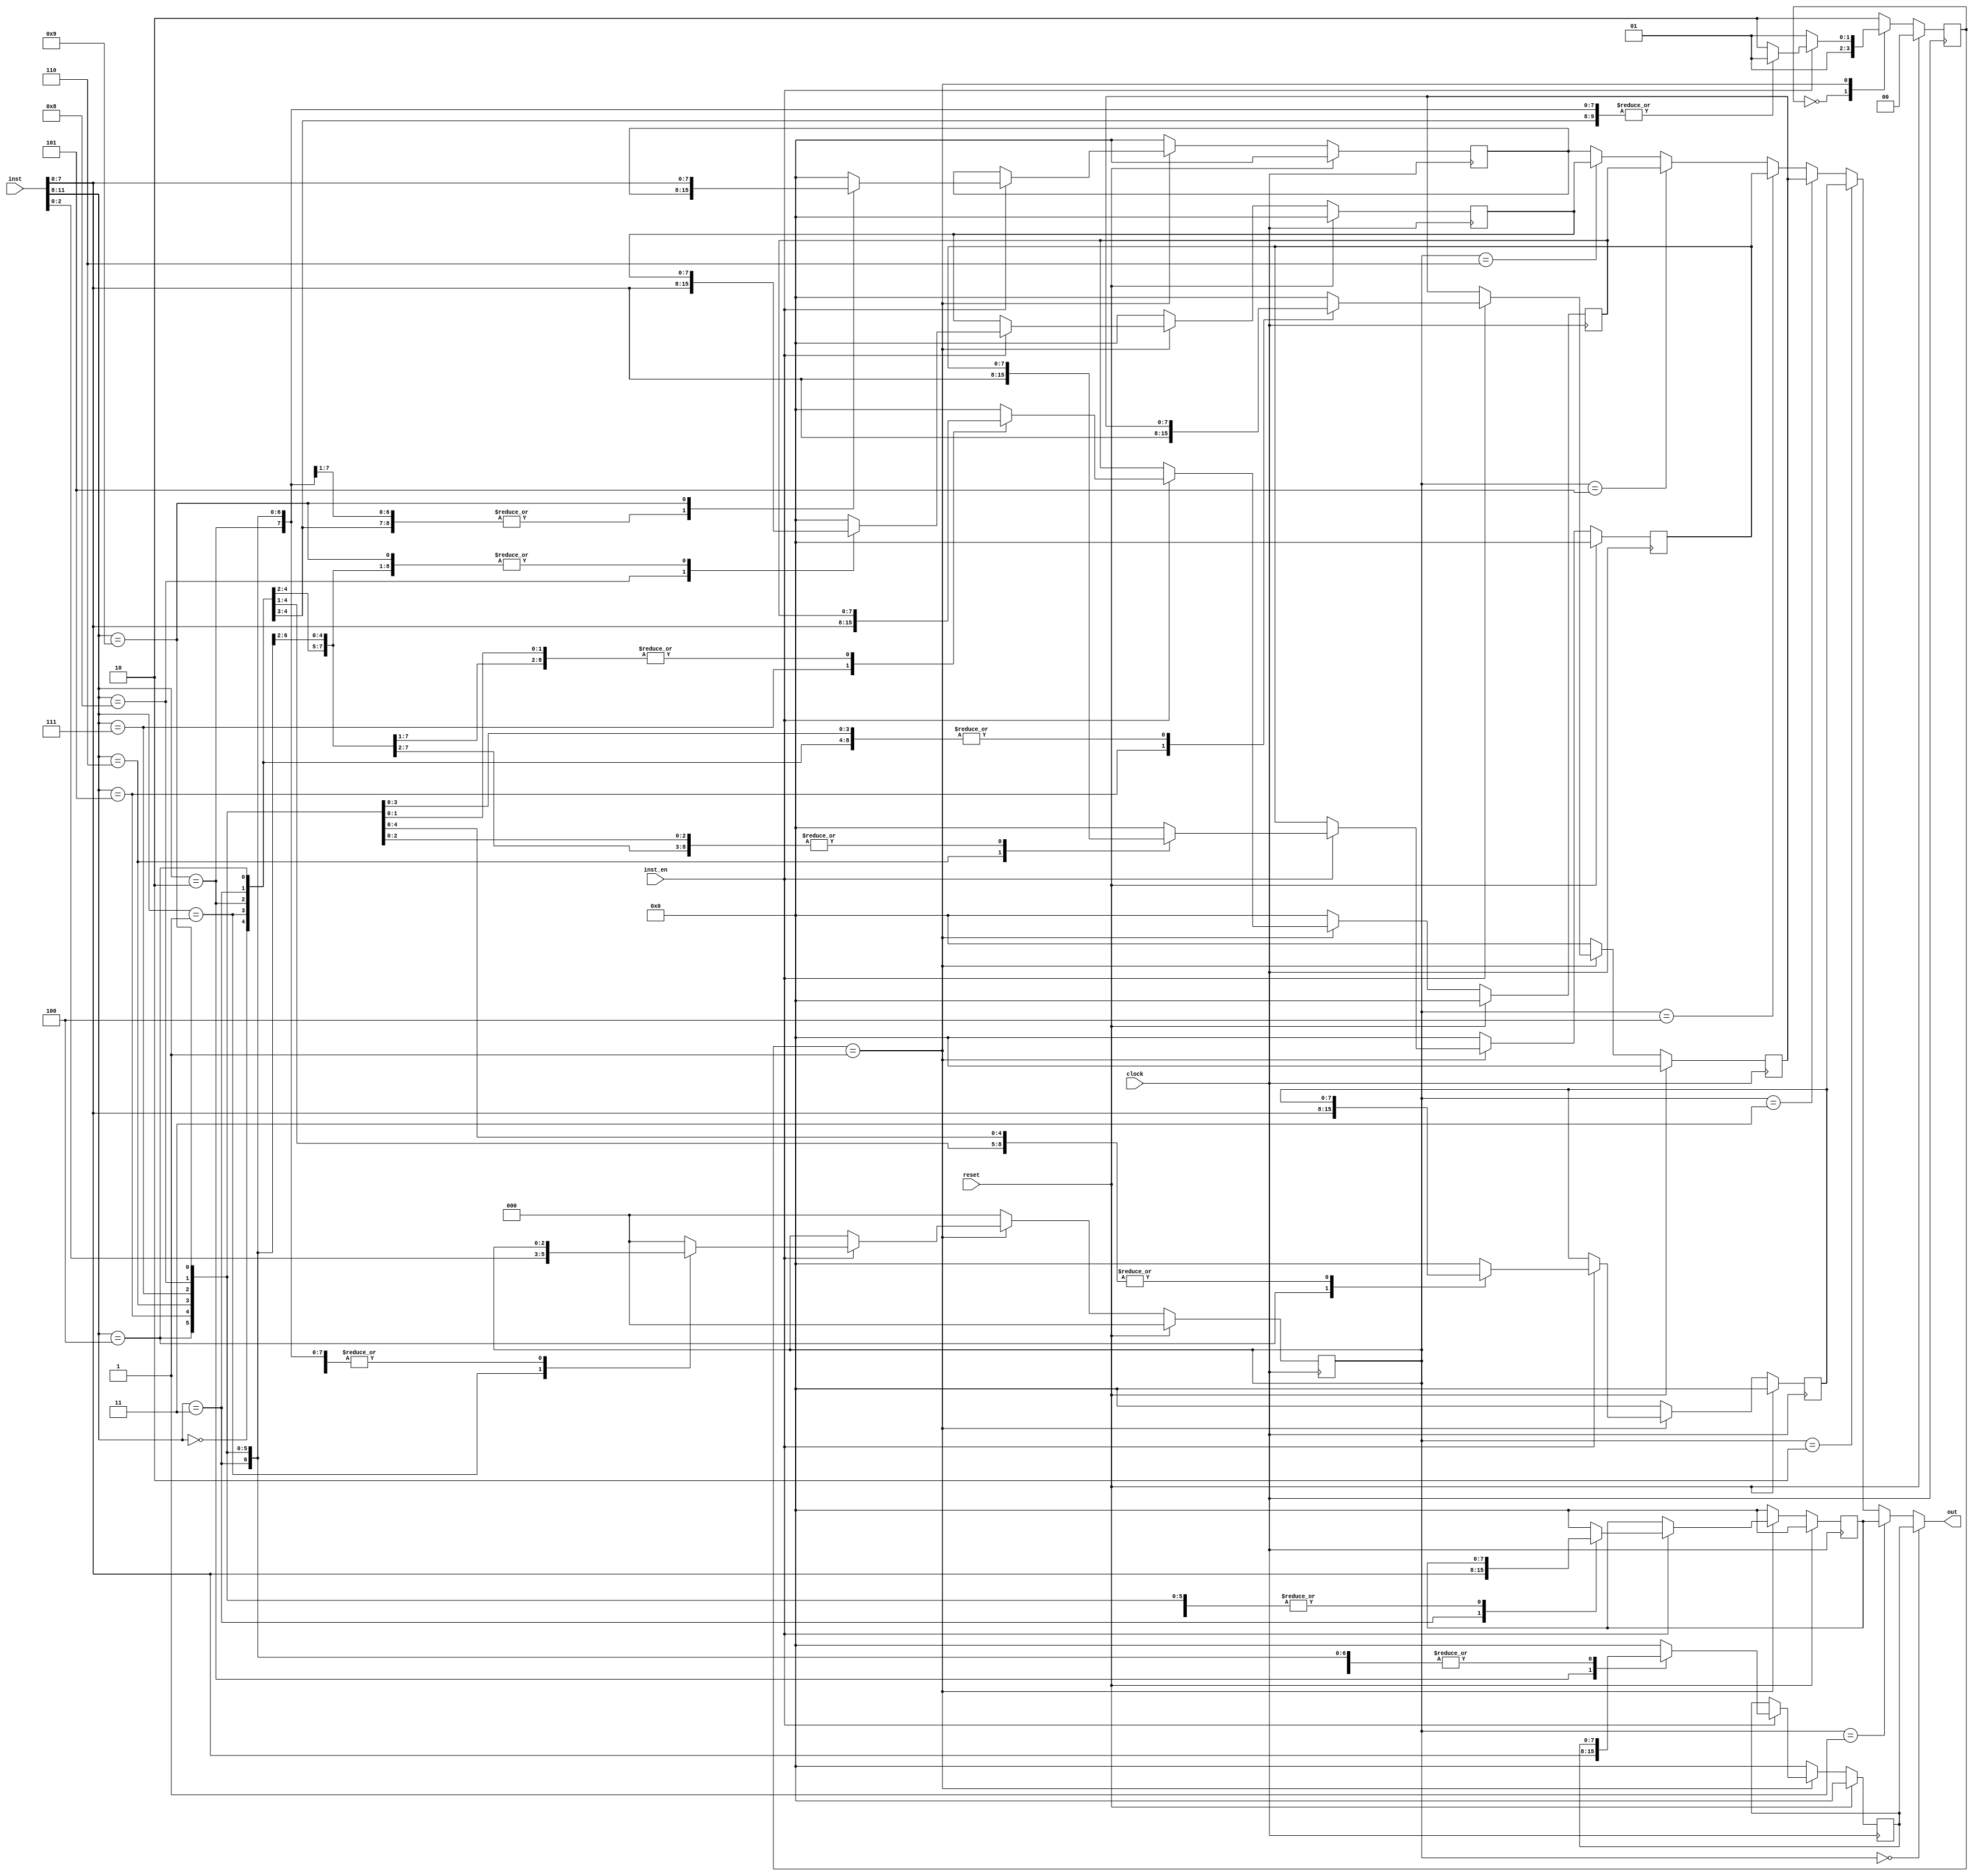
`define RegBankS8_NOP 4'h0
`define RegBankS8_RDO 4'h1
`define RegBankS8_LD0 4'h2
`define RegBankS8_LD1 4'h3
`define RegBankS8_LD2 4'h4
`define RegBankS8_LD3 4'h5
`define RegBankS8_LD4 4'h6
`define RegBankS8_LD5 4'h7
`define RegBankS8_LD6 4'h8
`define RegBankS8_LD7 4'h9

`define RegBankS8_State_Reset 2'h0
`define RegBankS8_State_Ready 2'h1
`define RegBankS8_State_Error 2'h2

module RegBankS8(clock,reset,inst,inst_en,out);
   input wire        clock;
   input wire        reset;

   input wire [11:0] inst;
   input wire        inst_en;

   output wire [7:0] out;

   reg [1:0]         s_State;
   reg [2:0]         s_OutSelect;
   reg [7:0]         s_Reg0;
   reg [7:0]         s_Reg1;
   reg [7:0]         s_Reg2;
   reg [7:0]         s_Reg3;
   reg [7:0]         s_Reg4;
   reg [7:0]         s_Reg5;
   reg [7:0]         s_Reg6;
   reg [7:0]         s_Reg7;
   wire [7:0]        i_Out;

   wire [3:0]        w_InstCode;
   wire [7:0]        w_InstImm;
   wire [2:0]        w_InstOutSelect;

   reg [256*8-1:0]   d_Input;
   reg [256*8-1:0]   d_State;

   assign out = i_Out;

   assign w_InstCode = inst[11:8];
   assign w_InstImm = inst[7:0];
   assign w_InstOutSelect = inst[2:0];

   assign i_Out = s_OutSelect == 0 ? s_Reg0 :
                  s_OutSelect == 1 ? s_Reg1 :
                  s_OutSelect == 2 ? s_Reg2 :
                  s_OutSelect == 3 ? s_Reg3 :
                  s_OutSelect == 4 ? s_Reg4 :
                  s_OutSelect == 5 ? s_Reg5 :
                  s_OutSelect == 6 ? s_Reg6 :
                                     s_Reg7;

   always @ (posedge clock) begin
      if (reset) begin
         s_State     <= `RegBankS8_State_Reset;
         s_OutSelect <= 0;
         s_Reg0      <= 0;
         s_Reg1      <= 0;
         s_Reg2      <= 0;
         s_Reg3      <= 0;
         s_Reg4      <= 0;
         s_Reg5      <= 0;
         s_Reg6      <= 0;
         s_Reg7      <= 0;
      end
      else begin
         case (s_State)
           `RegBankS8_State_Reset: begin
              s_State     <= `RegBankS8_State_Ready;
              s_OutSelect <= 0;
              s_Reg0      <= 0;
              s_Reg1      <= 0;
              s_Reg2      <= 0;
              s_Reg3      <= 0;
              s_Reg4      <= 0;
              s_Reg5      <= 0;
              s_Reg6      <= 0;
              s_Reg7      <= 0;
           end

           `RegBankS8_State_Ready: begin
              if (inst_en) begin
                 case (w_InstCode)
                   `RegBankS8_NOP: begin
                      s_State     <= `RegBankS8_State_Ready;
                      s_OutSelect <= s_OutSelect;
                      s_Reg0      <= s_Reg0;
                      s_Reg1      <= s_Reg1;
                      s_Reg2      <= s_Reg2;
                      s_Reg3      <= s_Reg3;
                      s_Reg4      <= s_Reg4;
                      s_Reg5      <= s_Reg5;
                      s_Reg6      <= s_Reg6;
                      s_Reg7      <= s_Reg7;
                   end

                   `RegBankS8_RDO: begin
                      s_State     <= `RegBankS8_State_Ready;
                      s_OutSelect <= w_InstOutSelect;
                      s_Reg0      <= s_Reg0;
                      s_Reg1      <= s_Reg1;
                      s_Reg2      <= s_Reg2;
                      s_Reg3      <= s_Reg3;
                      s_Reg4      <= s_Reg4;
                      s_Reg5      <= s_Reg5;
                      s_Reg6      <= s_Reg6;
                      s_Reg7      <= s_Reg7;
                   end

                   `RegBankS8_LD0: begin
                      s_State     <= `RegBankS8_State_Ready;
                      s_OutSelect <= s_OutSelect;
                      s_Reg0      <= w_InstImm;
                      s_Reg1      <= s_Reg1;
                      s_Reg2      <= s_Reg2;
                      s_Reg3      <= s_Reg3;
                      s_Reg4      <= s_Reg4;
                      s_Reg5      <= s_Reg5;
                      s_Reg6      <= s_Reg6;
                      s_Reg7      <= s_Reg7;
                   end

                   `RegBankS8_LD1: begin
                      s_State     <= `RegBankS8_State_Ready;
                      s_OutSelect <= s_OutSelect;
                      s_Reg0      <= s_Reg0;
                      s_Reg1      <= w_InstImm;
                      s_Reg2      <= s_Reg2;
                      s_Reg3      <= s_Reg3;
                      s_Reg4      <= s_Reg4;
                      s_Reg5      <= s_Reg5;
                      s_Reg6      <= s_Reg6;
                      s_Reg7      <= s_Reg7;
                   end

                   `RegBankS8_LD2: begin
                      s_State     <= `RegBankS8_State_Ready;
                      s_OutSelect <= s_OutSelect;
                      s_Reg0      <= s_Reg0;
                      s_Reg1      <= s_Reg1;
                      s_Reg2      <= w_InstImm;
                      s_Reg3      <= s_Reg3;
                      s_Reg4      <= s_Reg4;
                      s_Reg5      <= s_Reg5;
                      s_Reg6      <= s_Reg6;
                      s_Reg7      <= s_Reg7;
                   end

                   `RegBankS8_LD3: begin
                      s_State     <= `RegBankS8_State_Ready;
                      s_OutSelect <= s_OutSelect;
                      s_Reg0      <= s_Reg0;
                      s_Reg1      <= s_Reg1;
                      s_Reg2      <= s_Reg2;
                      s_Reg3      <= w_InstImm;
                      s_Reg4      <= s_Reg4;
                      s_Reg5      <= s_Reg5;
                      s_Reg6      <= s_Reg6;
                      s_Reg7      <= s_Reg7;
                   end // case: `RegBankS8_LD3

                   `RegBankS8_LD4: begin
                      s_State     <= `RegBankS8_State_Ready;
                      s_OutSelect <= s_OutSelect;
                      s_Reg0      <= s_Reg0;
                      s_Reg1      <= s_Reg1;
                      s_Reg2      <= s_Reg2;
                      s_Reg3      <= s_Reg3;
                      s_Reg4      <= w_InstImm;
                      s_Reg5      <= s_Reg5;
                      s_Reg6      <= s_Reg6;
                      s_Reg7      <= s_Reg7;
                   end // case: `RegBankS8_LD3

                   `RegBankS8_LD5: begin
                      s_State     <= `RegBankS8_State_Ready;
                      s_OutSelect <= s_OutSelect;
                      s_Reg0      <= s_Reg0;
                      s_Reg1      <= s_Reg1;
                      s_Reg2      <= s_Reg2;
                      s_Reg3      <= s_Reg3;
                      s_Reg4      <= s_Reg4;
                      s_Reg5      <= w_InstImm;
                      s_Reg6      <= s_Reg6;
                      s_Reg7      <= s_Reg7;
                   end // case: `RegBankS8_LD3

                   `RegBankS8_LD6: begin
                      s_State     <= `RegBankS8_State_Ready;
                      s_OutSelect <= s_OutSelect;
                      s_Reg0      <= s_Reg0;
                      s_Reg1      <= s_Reg1;
                      s_Reg2      <= s_Reg2;
                      s_Reg3      <= s_Reg3;
                      s_Reg4      <= s_Reg4;
                      s_Reg5      <= s_Reg5;
                      s_Reg6      <= w_InstImm;
                      s_Reg7      <= s_Reg7;
                   end // case: `RegBankS8_LD3

                   `RegBankS8_LD7: begin
                      s_State     <= `RegBankS8_State_Ready;
                      s_OutSelect <= s_OutSelect;
                      s_Reg0      <= s_Reg0;
                      s_Reg1      <= s_Reg1;
                      s_Reg2      <= s_Reg2;
                      s_Reg3      <= s_Reg3;
                      s_Reg4      <= s_Reg4;
                      s_Reg5      <= s_Reg5;
                      s_Reg6      <= s_Reg6;
                      s_Reg7      <= w_InstImm;
                   end

                   default: begin
                      s_State     <= `RegBankS8_State_Error;
                      s_OutSelect <= 0;
                      s_Reg0      <= 0;
                      s_Reg1      <= 0;
                      s_Reg2      <= 0;
                      s_Reg3      <= 0;
                      s_Reg4      <= 0;
                      s_Reg5      <= 0;
                      s_Reg6      <= 0;
                      s_Reg7      <= 0;
                   end
                 endcase // case (w_InstCode)
              end // if (inst_en)
              else begin
                 s_State     <= `RegBankS8_State_Ready;
                 s_OutSelect <= s_OutSelect;
                 s_Reg0      <= s_Reg0;
                 s_Reg1      <= s_Reg1;
                 s_Reg2      <= s_Reg2;
                 s_Reg3      <= s_Reg3;
                 s_Reg4      <= s_Reg4;
                 s_Reg5      <= s_Reg5;
                 s_Reg6      <= s_Reg6;
                 s_Reg7      <= s_Reg7;
              end // else: !if(inst_en)
           end // case: `RegBankS8_State_Ready

           `RegBankS8_State_Error: begin
              s_State     <= `RegBankS8_State_Error;
              s_OutSelect <= 0;
              s_Reg0      <= 0;
              s_Reg1      <= 0;
              s_Reg2      <= 0;
              s_Reg3      <= 0;
              s_Reg4      <= 0;
              s_Reg5      <= 0;
              s_Reg6      <= 0;
              s_Reg7      <= 0;
           end

           default: begin
              s_State     <= `RegBankS8_State_Error;
              s_OutSelect <= 0;
              s_Reg0      <= 0;
              s_Reg1      <= 0;
              s_Reg2      <= 0;
              s_Reg3      <= 0;
              s_Reg4      <= 0;
              s_Reg5      <= 0;
              s_Reg6      <= 0;
              s_Reg7      <= 0;
           end
         endcase // case (s_State)
      end // else: !if(reset)
   end // always @ (posedge clock)

`ifdef SIM
   always @ * begin
      if (inst_en) begin
         case (w_InstCode)
           `RegBankS8_NOP: begin
              $sformat(d_Input,"EN NOP");
           end

           `RegBankS8_RDO: begin
              $sformat(d_Input,"EN (RDO %1X)",w_InstOutSelect);
           end

           `RegBankS8_LD0: begin
              $sformat(d_Input,"EN (LD0 %2X)",w_InstImm);
           end

           `RegBankS8_LD1: begin
              $sformat(d_Input,"EN (LD1 %2X)",w_InstImm);
           end

           `RegBankS8_LD2: begin
              $sformat(d_Input,"EN (LD2 %2X)",w_InstImm);
           end

           `RegBankS8_LD3: begin
              $sformat(d_Input,"EN (LD3 %2X)",w_InstImm);
           end

           `RegBankS8_LD4: begin
              $sformat(d_Input,"EN (LD4 %2X)",w_InstImm);
           end

           `RegBankS8_LD5: begin
              $sformat(d_Input,"EN (LD5 %2X)",w_InstImm);
           end

           `RegBankS8_LD6: begin
              $sformat(d_Input,"EN (LD6 %2X)",w_InstImm);
           end

           `RegBankS8_LD7: begin
              $sformat(d_Input,"EN (LD7 %2X)",w_InstImm);
           end

           default: begin
              $sformat(d_Input,"EN (? %2X)",w_InstImm);
           end
         endcase // case (w_InstCode)
      end // if (inst_en)
      else begin
         $sformat(d_Input,"NN");
      end // else: !if(inst_en)
   end // always @ *

   always @ * begin
      case (s_State)
        `RegBankS8_State_Reset: begin
           $sformat(d_State,"X");
        end

        `RegBankS8_State_Ready: begin
           $sformat(d_State,"R %1X %2X %2X %2X %2X %2X %2X %2X %2X",s_OutSelect,s_Reg0,s_Reg1,s_Reg2,s_Reg3,s_Reg4,s_Reg5,s_Reg6,s_Reg7);
        end

        `RegBankS8_State_Error: begin
           $sformat(d_State,"E");
        end

        default: begin
           $sformat(d_State,"?");
        end
      endcase // case (s_State)
   end // always @ *
`endif //  `ifdef SIM
endmodule // RegBankS8